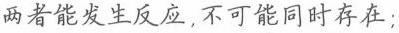
两者能发生反应，不可能同时存在；